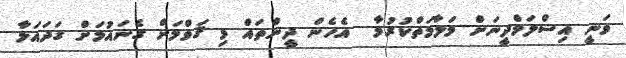
ވަނީ އިސްލަމްދީނަށް މަލާމަތްކުރުމާ  އެހެން ދީންތައް މި ޤަވްމަށް ގެނައުމަށް ގަދައަޅާ